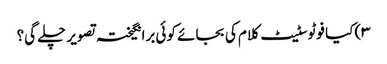
۳) کیا فوٹوسٹیٹ کلام کی بجائے کوئی برانگیختہ تصویر چلے گی؟